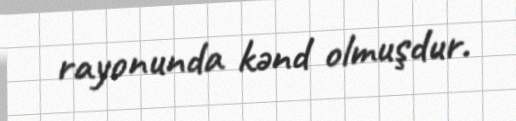
rayonunda kənd olmuşdur.